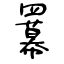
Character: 羃